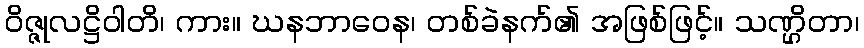
ဝိဇ္ဇုလဋ္ဌိဝါတိ၊ ကား။ ဃနဘာဝေန၊ တစ်ခဲနက်၏ အဖြစ်ဖြင့်။ သဏ္ဌိတာ၊